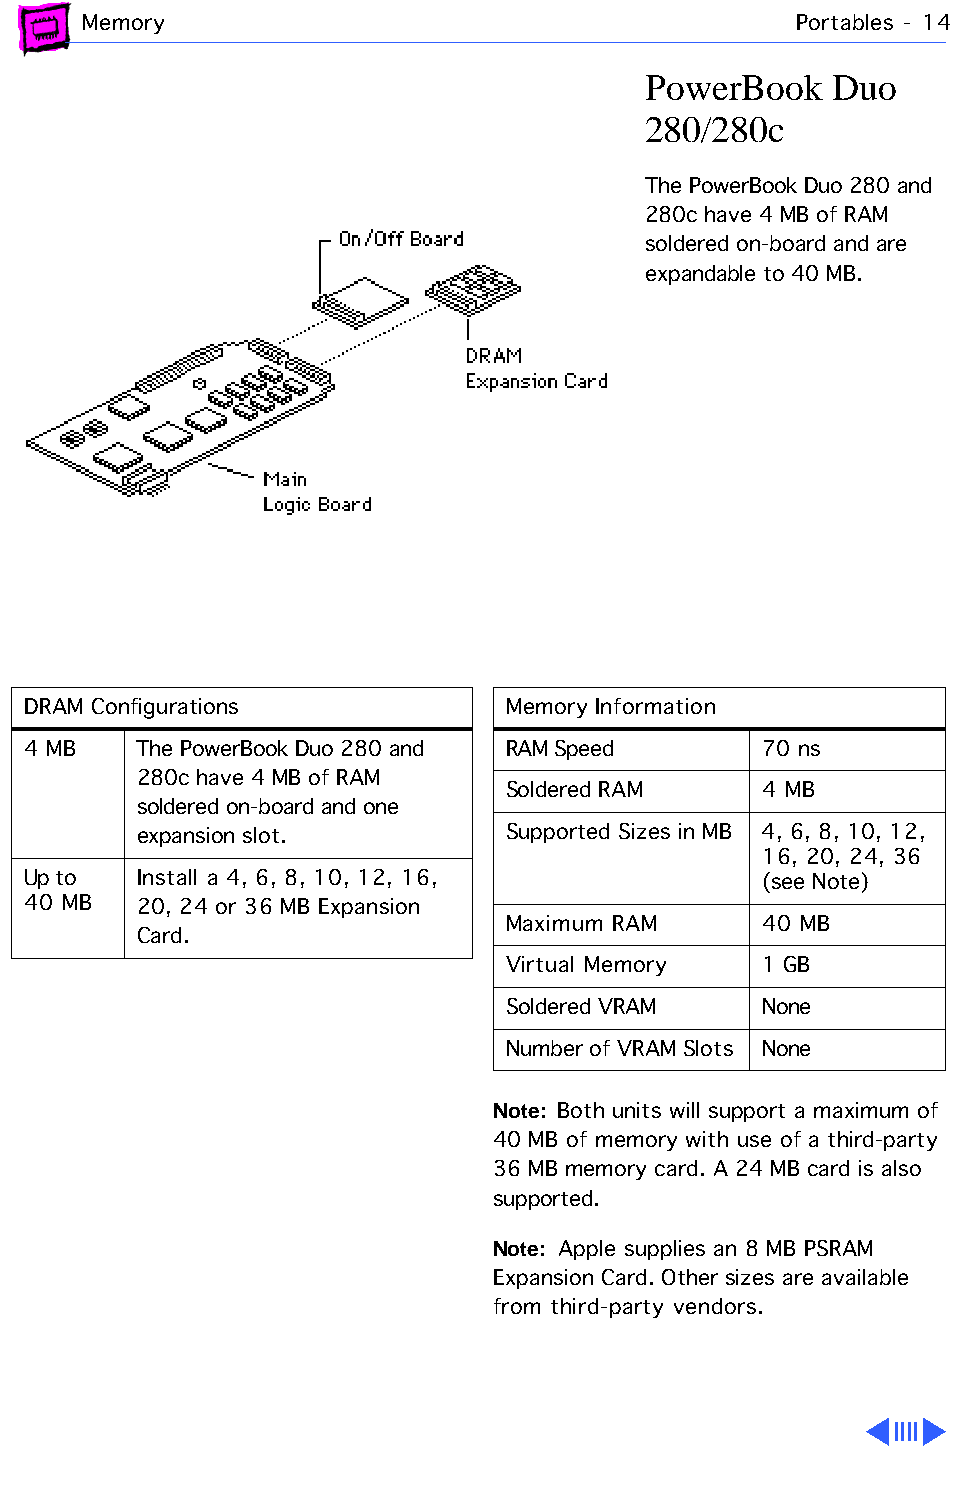
Memory                                         Portables - 14
 PowerBook    Duo
 280/280c
 The PowerBook Duo 280 and
 280c have 4 MB of RAM
 soldered on-board and are
 expandable to 40 MB.
 DRAM Configurations             Memory Information
 4 MB    The PowerBook Duo 280 and RAM Speed      70 ns
 280c have 4 MB of RAM
 Soldered RAM     4 MB
 soldered on-board and one
 expansion slot.         Supported Sizes in MB 4, 6, 8, 10, 12,
 16, 20, 24, 36
 Up to   Install a 4, 6, 8, 10, 12, 16,           (see Note)
 40 MB   20, 24 or 36 MB Expansion
 Maximum RAM      40 MB
 Card.
 Virtual Memory   1 GB
 Soldered VRAM    None
 Number of VRAM Slots None
 Note: Both units will support a maximum of
 40 MB of memory with use of a third-party
 36 MB memory card. A 24 MB card is also
 supported.
 Note: Apple supplies an 8 MB PSRAM
 Expansion Card. Other sizes are available
 from third-party vendors.